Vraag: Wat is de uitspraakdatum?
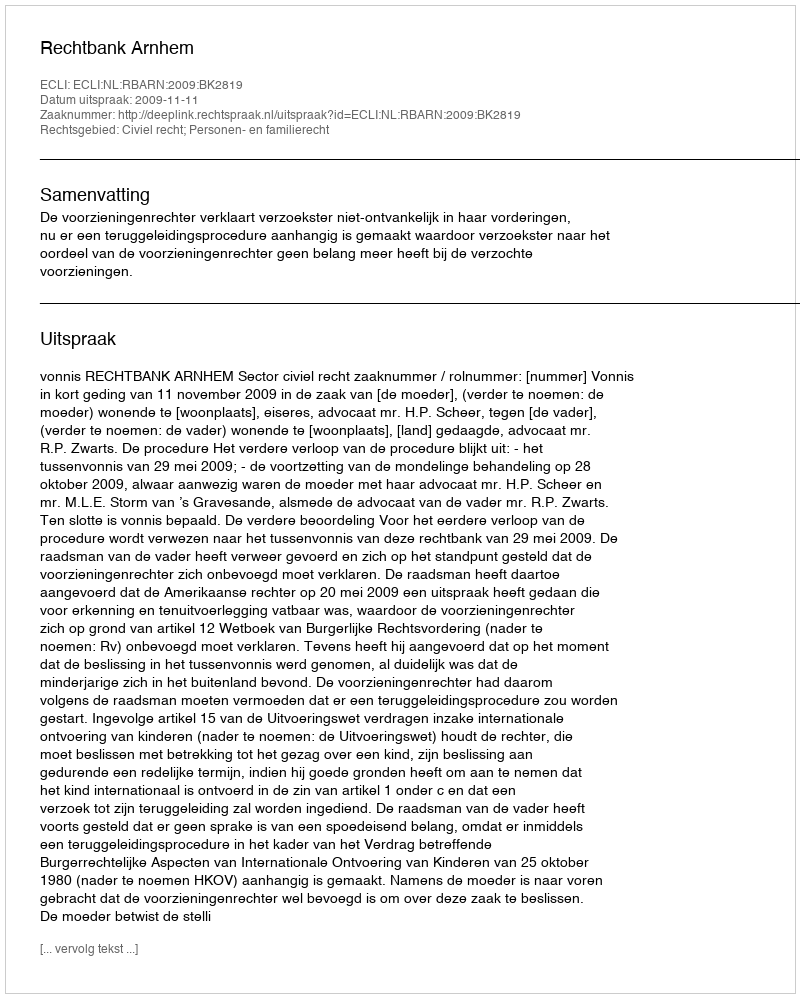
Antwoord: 2009-11-11